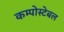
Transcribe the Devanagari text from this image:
कम्पोस्टेबल